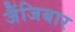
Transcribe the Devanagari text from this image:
जैंजिबार